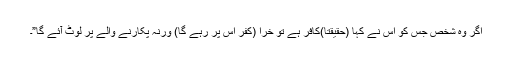
اگر وہ شخص جس کو اس نے کہا (حقیقتا)کافر ہے تو خرا (کفر اس پر رہے گا) ورنہ پکارنے والے پر لوٹ آئے گا”۔